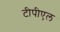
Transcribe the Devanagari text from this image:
टीपीएल